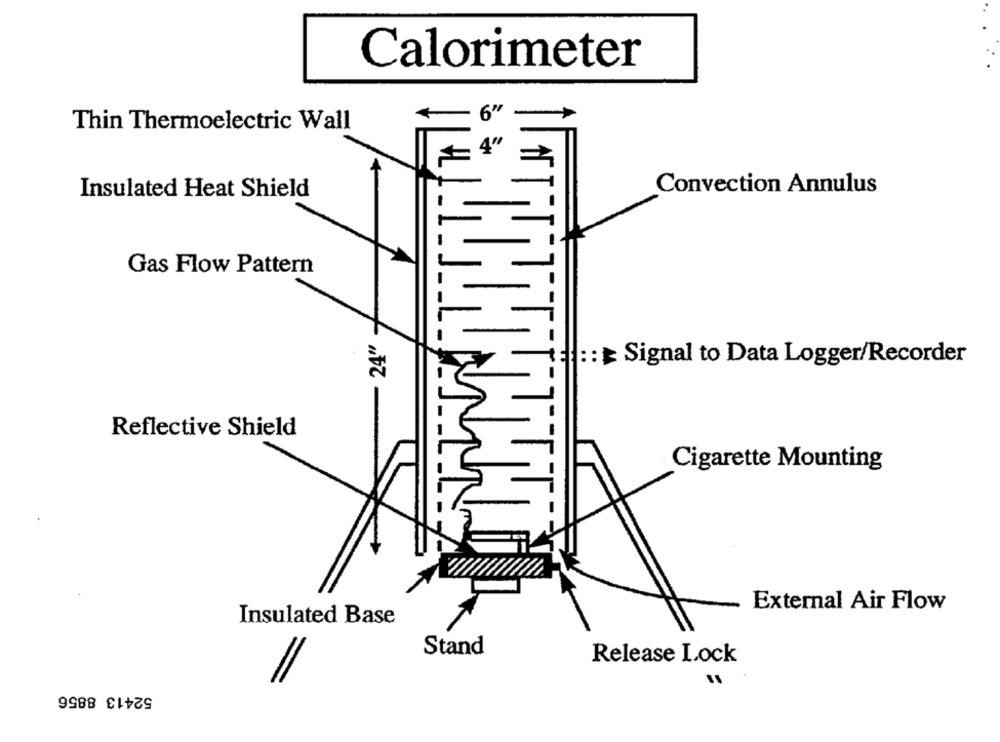
Calorimeter
6'
Thin Thermoelectric Wall
Insulated Heat Shield
Convection Annulus
Gas Flow Pattern
24"
: := Signal to Data Logger/Recorder
Reflective Shield
Cigarette Mounting
External Air Flow
Insulated Base
Stand
Release Lock
52413 8856